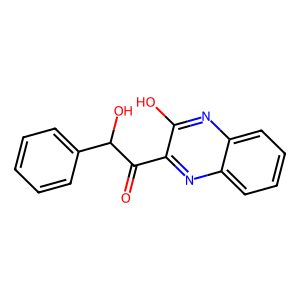
SMILES: O=C(c1nc2ccccc2nc1O)C(O)c1ccccc1
Inhibits HIV replication: No